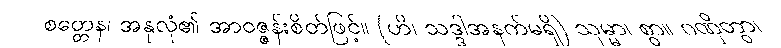
စတ္တေန၊ အနုလုံ၏ အာဝဇ္ဇန်းစိတ်ဖြင့်။ (ဟိ၊ သဒ္ဒါအနက်မရှိ) သုမ္မာ၊ စွာ။ ဂဏှိတွာ၊